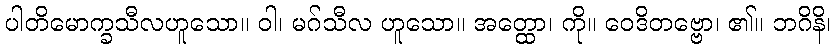
ပါတိမောက္ခသီလဟူသော။ ဝါ၊ မဂ်သီလ ဟူသော။ အတ္ထော၊ ကို။ ဝေဒိတဗ္ဗော၊ ၏။ ဘဂိနိ၊